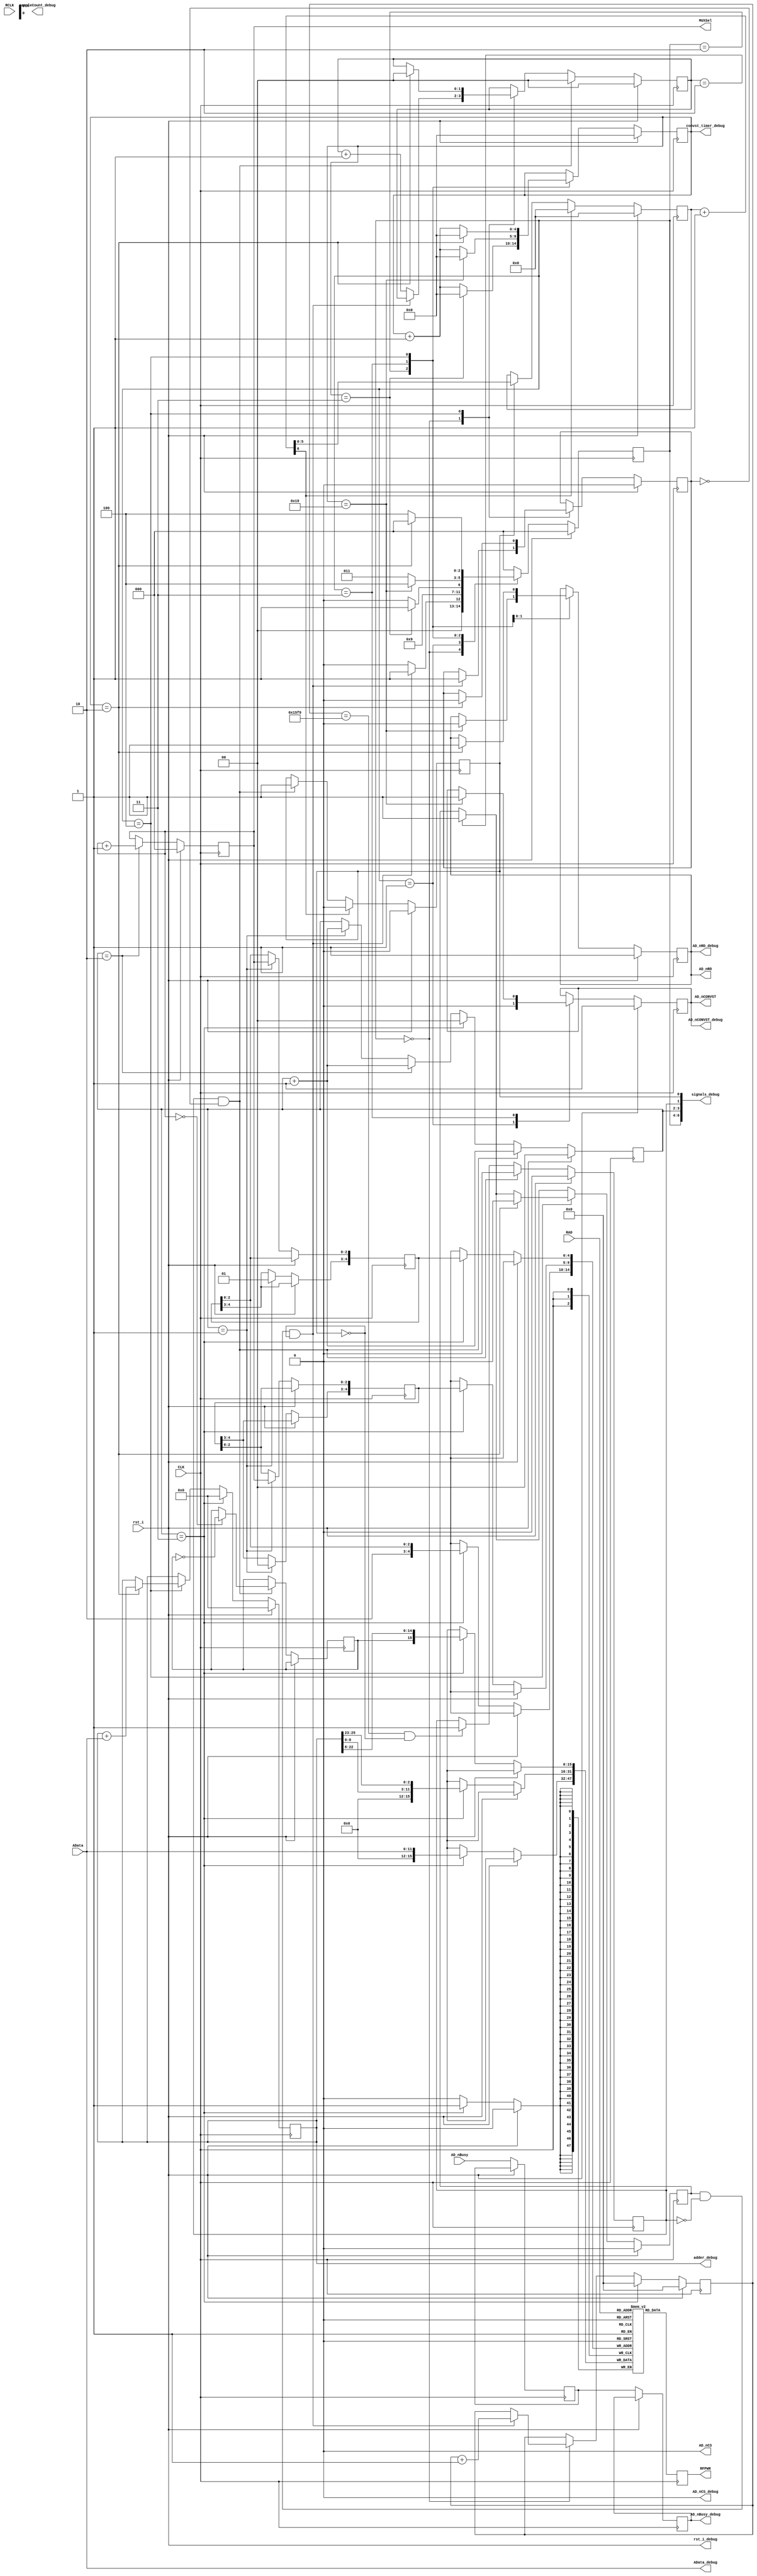
`timescale 1ns / 1ps

//////////////////////////////////////////////////////////////////////////////////
// Company: 
// Engineer: 
// 
// Design Name: 
// Module Name:    RF_Pow_Ben 
// Project Name: 
// Target Devices: 
// Tool versions: 
// Description: 
//
// Dependencies: 
//
// Revision: 
// Revision 0.01 - File Created
// Additional Comments: 
//    Ben Rotter (BenJRotter@gmail.com) - University of Hawaii at Manoa - July 2014
//////////////////////////////////////////////////////////////////////////////////
module RF_Pow_Ben(
	 input AD_nBusy,      //tells when the ADC (LTC1415) is busy (active low)
    input [11:0] AData, //data from external ADC chip
    input CLK, //33MHz input CPCI clock
	 input [4:0] RAD, //read address
	 input RCLK, //read clock
    input rst_i, //reset from top module, resets everything to zero
	 output [2:0] MUXSel, //8 possible selections, 3 bits (output to chip)
    output [15:0] RFPWR,    //blockram data register selected by RAD and read out by RCLK
	 output AD_nCONVST, //command to convert (active low)
    output AD_nCS,     //chip select, should be always on (active low)
    output AD_nRD,      //command to read (active low)
	 
	 //chipscope debugging outputs
	 output [11:0] AData_debug,
	 output [6:0] signals_debug, //6:4=sample_state, 3:2=write_state, 1=changeSig_flag, 0=changeSigHold_flag
	 output [25:0] adder_debug,
	 output [15:0] sampleCount_debug,
	 output AD_nCS_debug, 
	 output AD_nCONVST_debug,
	 output AD_nRD_debug,
	 output AD_nBusy_debug,
	 output rst_i_debug,
	 output [4:0] convst_timer_debug
    );

	assign AData_debug = AData;

	assign rst_i_debug = rst_i;

	//ADC signals (LTC1415)
	reg AD_nRD_reg = 1;
	reg AD_nCONVST_reg = 1;

	assign AD_nCS = 1'b0; //chip select should always be on
	assign AD_nCONVST = AD_nCONVST_reg;
	assign AD_nRD = AD_nRD_reg;
	
	assign AD_nCS_debug =  AD_nCS;
	assign AD_nCONVST_debug = AD_nCONVST;
	assign AD_nRD_debug = AD_nRD;

	reg AD_nBusy_reg = 1; //to make asynchronous external signal synchronous
	reg AD_nBusy_buf = 1; //I saw the thing get stuck, so lets add a buffer too
	assign AD_nBusy_debug = AD_nBusy_reg;
	
	//MUX signals
	reg [2:0] MUXSel_reg = {3{1'b0}};
	assign MUXSel = MUXSel_reg;

	//internal registers and wires//
	//block ram data storage
	reg [15:0] block_ram [31:0];
	
	//addressing for readout
	reg [4:0] wr_addr_MSB = {5{1'b0}}; //512 is 9 bits
	reg [4:0] wr_addr_LSB = {5{1'b0}};
	reg [4:0] wr_timing_addr_MSB = {5{1'b0}};
	reg [4:0] wr_timing_addr_LSB = {5{1'b0}};
	
	//sampling and data
	reg [15:0] sampleCount = {16{1'b0}}; //count how many samples I am taking
	reg [1:0] sample_timer = 0;     //timer to ensure I don't try to sample faster than the ADC can handle
	reg [25:0] RF_PowAdder = {26{1'b0}}; //for adding up the power read up (top 12 bits are stored, like an average)
	assign adder_debug = RF_PowAdder;
	reg [15:0] RFPWR_reg = {16{1'b0}};   //actual output for when the MESSv2 block reads the data
	assign RFPWR = RFPWR_reg;
	reg phase = 0; 						//lets us get a 6ms timing resolution, the highest bit will be the "RCO phase"
	reg [1:0] wrapCount = {4{1'b0}}; //how many times it has wrapped around (sort of a debug)

	
	//flags for state machines
	reg sample_flag = 0;         //start sampling machine
	reg sampleHold_flag = 0;     //lets everything else know sample state machine is running (7 clocks, ~212ns)
	reg [4:0] convst_timer = 0;  //timer that waits 26 clock cycles (780ns) for the conversion to finish
	assign convst_timer_debug = convst_timer;
	
	reg changeSig_flag = 0;      //change input
	assign signals_debug[1] = changeSig_flag;
	reg changeSigHold_flag = 0;  //the hold after changing input for everything to settle
	assign signals_debug[0] = changeSigHold_flag;
	reg [5:0] changeSigHold_counter = 0;  //stores when switch occurrs so hold flag can be dropped 2uS after (64 clock cycles)
	wire [6:0] changeSigHold_counter_wrap = changeSigHold_counter + 1; //when this goes high, the mux is switched and settled


	reg [2:0] sample_state = 0;  //the sampling state machine
	assign signals_debug[6:4] =  sample_state;
	reg [1:0] write_state = 0;   //the block ram writing state machine
	assign signals_debug[3:2] =  write_state;	

	wire [3:0] channelWrap = MUXSel_reg + 1; //will will be 'b1000 when it is about to wrap

	always @ (posedge CLK) begin	//
		RFPWR_reg <= block_ram[RAD];
	end

	always @ (posedge CLK) begin //syncronous 33MHz clock! (30ns)

		if (rst_i == 1) begin
			sample_timer    <= 0;
			sample_flag     <= 0;
			sample_state    <= 0;
			sampleHold_flag <= 0;
			sampleCount     <= 0;
			write_state     <= 0;
			changeSig_flag        <= 0;
			changeSigHold_flag    <= 0;
			changeSigHold_counter <= 0;
			RF_PowAdder     <= 0;
			MUXSel_reg      <= 0;
			AD_nCONVST_reg  <= 1;
			AD_nRD_reg      <= 1;
			convst_timer    <= 0;
		end
		else begin //do stuff if there isn't a reset
		
		
		//decide to start sampling, unless you have already sampled up to the averaging limit (2**14 in this case)
		if (sample_timer == 2'b10) begin
			sample_flag <= 1;   // (1uS) 1MHz sampling speed flag, starts sampling
		end		
		
		//buffer the busy flag (twice I guess)
		AD_nBusy_buf <= AD_nBusy;
		AD_nBusy_reg <= AD_nBusy_buf;


		//sampling state machine
		 case (sample_state)  
			3'd0: begin //hold state, wait until this counter fills before sampling
				//sampling state starter, the most important state starter and very picky
					//requires: no sampling already, ADC not busy, state change not recent or in queue
				if (sample_flag == 1 && changeSig_flag == 0 && changeSigHold_flag == 0) begin
					sample_state <= 3'd1;
					sampleHold_flag <= 1;
					sampleCount <= sampleCount + 1;
				end
				else begin
					sample_timer <= sample_timer + 1;
					sample_state <= 3'd0;
					end
				end
			3'd1: begin //start conversion by putting convert flag low
				AD_nCONVST_reg <= 1'b0;
				sample_state <= 3'd2;
			end
			3'd2: begin //wait 60ns (2 clock cycles) for conversion to start
				if (convst_timer == 5'd3) begin //it can take up to 60ns for AD_nBusy to drop low, so wait that long
					sample_state <= 3'd3;
					convst_timer <= 0;
				end
			   else begin
					sample_state <= 3'd2;
					convst_timer <= convst_timer + 1;
				end
			end
			3'd3: begin //once conversion starts, wait 700ns at least for conversion to finish
				if (convst_timer == 5'd25) begin //wait 25clock cycles (750ns) for the conversion to finish
					AD_nCONVST_reg <= 1'b1;
					AD_nRD_reg <= 1'b0;
					sample_state <= 3'd4;
					convst_timer <= 0;
				end
				else begin
					sample_state <= 3'd3;
					convst_timer <= convst_timer + 1;
				end
			end
			3'd4: begin //once conversion finishes, read data into adder
				if (convst_timer == 5'd2) begin
					convst_timer <= 0;
					RF_PowAdder <= RF_PowAdder + AData;
					AD_nRD_reg <= 1'b1;
					sample_state <= 3'd0; //done with sampling reset everything
					sampleHold_flag <= 0;
					sample_timer <= 0;
					sample_flag <= 0;
				end
				else begin
					sample_state <= 3'd4;
					convst_timer <= convst_timer + 1;
				end
			end

			default: begin
				sample_state <= 3'd0;
			end

		 endcase //end of sampling state machine case
		
	
		
		//update the register to write the data to, dependant on where the RAD is and what the mux channel is
		// 32 (2**5) blocks to write into, separate into 4 sectors
		if (write_state == 2'd1) begin
			wr_addr_MSB[2:0] <= MUXSel_reg;
			wr_addr_MSB[4:3] <= 2'b01;
			
			wr_addr_LSB[2:0] <= MUXSel_reg;
			wr_addr_LSB[4:3] <= 2'b00;

			write_state <= write_state + 1;
		end
		
		//need to split this into two clock cycles since calculating the address takes one (because of the if statement)
		if (write_state == 2'd2) begin
			MUXSel_reg <= MUXSel_reg + 1;            // actually change the analog signal select now that you saved it in the wr_addr's
			write_state <= write_state + 1;
		end
		
		
		//write out the highest bits of the adder (an average essentially) to the block ram
		if (write_state == 2'd3) begin
			block_ram[wr_addr_MSB] <= {phase,RF_PowAdder[22:8]}; //top bit is "phase", which shows the last position of the write
			block_ram[wr_addr_LSB] <= {RF_PowAdder[8:0],RF_PowAdder[25:23]}; //also store the least significant bits!
			
			block_ram[{2'b10,wr_addr_MSB[2:0]}] <= AData; //since I have a ton of room, just copy the old functionality here to this block
			
			RF_PowAdder <= 0; //null out adder
			sampleCount <= 0; //null out counter
			
			write_state <= 0; //turn off write flag after you've written
		end
		
		

	
		//Switch MUX when you've taken enough samples 
			//(34 clock cycles per sample * 30ns period = 1020ns/samp)
			//(100ms / (1020ns/samp*8chan) = 12255 samples/chan) ~14bits (110^2 = 12100 so lets go with that)
		if (sampleCount == 5625 && changeSigHold_flag == 0) begin
			changeSig_flag <= 1;  //stays high until switch is completed (in case flag raises during sampling)
		end
		
				
	   //change the Analog Signal Select
	   //do it when you've got enough samples to do the average
		//don't change while sampling is happening
		if (changeSig_flag == 1 && sampleHold_flag == 0) begin
			if (MUXSel_reg == 3'b000) begin //after you wrap from ch7->ch0 do some extra stuff
				wrapCount <= wrapCount + 1; //incriment debug wrap if needed (channelWrap[3] is a wire that will be 1 when it is about to wrap)
				phase <= ~phase;            //switch the phase so the data reflects where the "Hit Bus" is located
			end
			changeSig_flag <= 0;                     //lower flag cuz you just changed successfully
			sample_timer <= 0;                       //reset sample timer, otherwise you'll get a delay the size of the counter
			changeSigHold_flag <= 1;                 //raise the hold flag so the mux can settle
			write_state <= write_state + 1;          //start the write state machine
		end
		
		//count up after MUX switch so it can settle
		if (changeSigHold_flag == 1) begin
			changeSigHold_counter <= changeSigHold_counter + 1;
		end
		
		//turn off 'hold' after mux switch settles (~2uS)
		if (changeSigHold_counter_wrap[6] == 1) begin 
			changeSigHold_flag <= 0;
			changeSigHold_counter <= 0;
		end

		
end


	
		end //end of syncronous 33MHz clock
		
	
	

endmodule